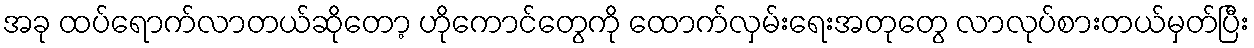
အခု ထပ်ရောက်လာတယ်ဆိုတော့ ဟိုကောင်တွေကို ထောက်လှမ်းရေးအတုတွေ လာလုပ်စားတယ်မှတ်ပြီး